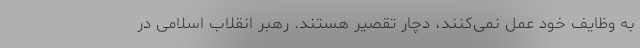
به وظایف خود عمل نمی‌کنند، دچار تقصیر هستند. رهبر انقلاب اسلامی در